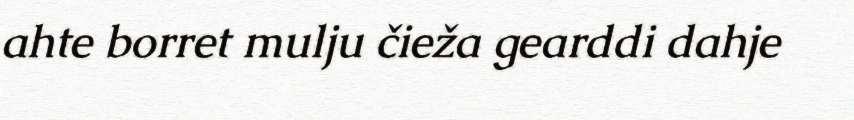
ahte borret mulju čieža gearddi dahje